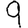
Digit: 9